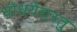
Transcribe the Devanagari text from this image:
योधयेद्यस्तु